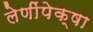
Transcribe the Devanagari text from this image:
लेणींपेक्षा